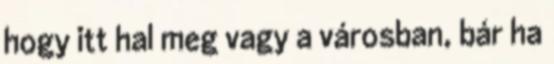
hogy itt hal meg vagy a városban, bár ha